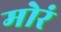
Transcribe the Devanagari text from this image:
मोरं